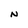
Character: N